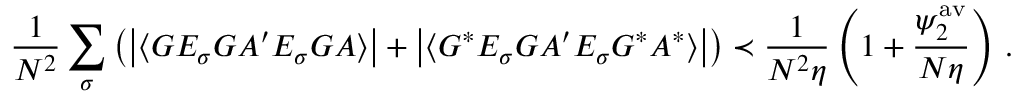
\frac { 1 } { N ^ { 2 } } \sum _ { \sigma } \left( \big | \langle G E _ { \sigma } G { A ^ { \prime } } E _ { \sigma } G A \rangle \big | + \big | \langle G ^ { * } E _ { \sigma } G { A ^ { \prime } } E _ { \sigma } G ^ { * } A ^ { * } \rangle \big | \right) \prec \frac { 1 } { N ^ { 2 } \eta } \left( 1 + \frac { \psi _ { 2 } ^ { \mathrm { a v } } } { N \eta } \right) \, .